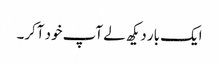
ایک بار دیکھ لے آپ خود آکر۔